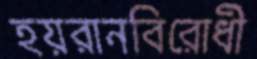
হয়রানবিরোধী